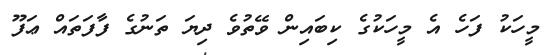
މީހަކު ފަހެ އެ މީހަކުގެ ކިބައިން ވޭތުވެ ދިޔަ ތަނުގެ ފާފަތައް ޢަފޫ